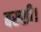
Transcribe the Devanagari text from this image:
बख्शी।